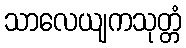
သာလေယျကသုတ္တံ